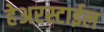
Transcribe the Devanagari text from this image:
हेअरस्टाईल